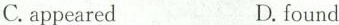
C. appeared D. found